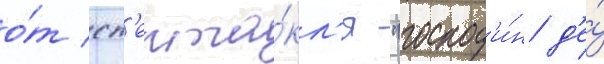
о́т сп'екта́кл'я "господ'и́н д'е́